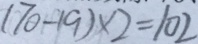
( 7 0 - 1 9 ) \times 2 = 1 0 2